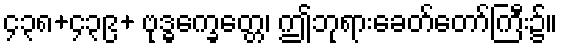
၄၃၈+၄၃၉+ ဗုဒ္ဓက္ခေတ္တေ၊ ဤဘုရားခေတ်တော်ကြီး၌။